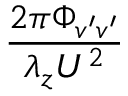
\frac { 2 \pi \Phi _ { v ^ { \prime } v ^ { \prime } } } { \lambda _ { z } U ^ { 2 } }